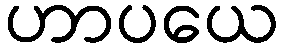
ဟာပယေ